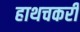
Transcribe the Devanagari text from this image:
हाथचकरी